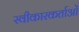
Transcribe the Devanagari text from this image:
स्वीकारकर्ताओं